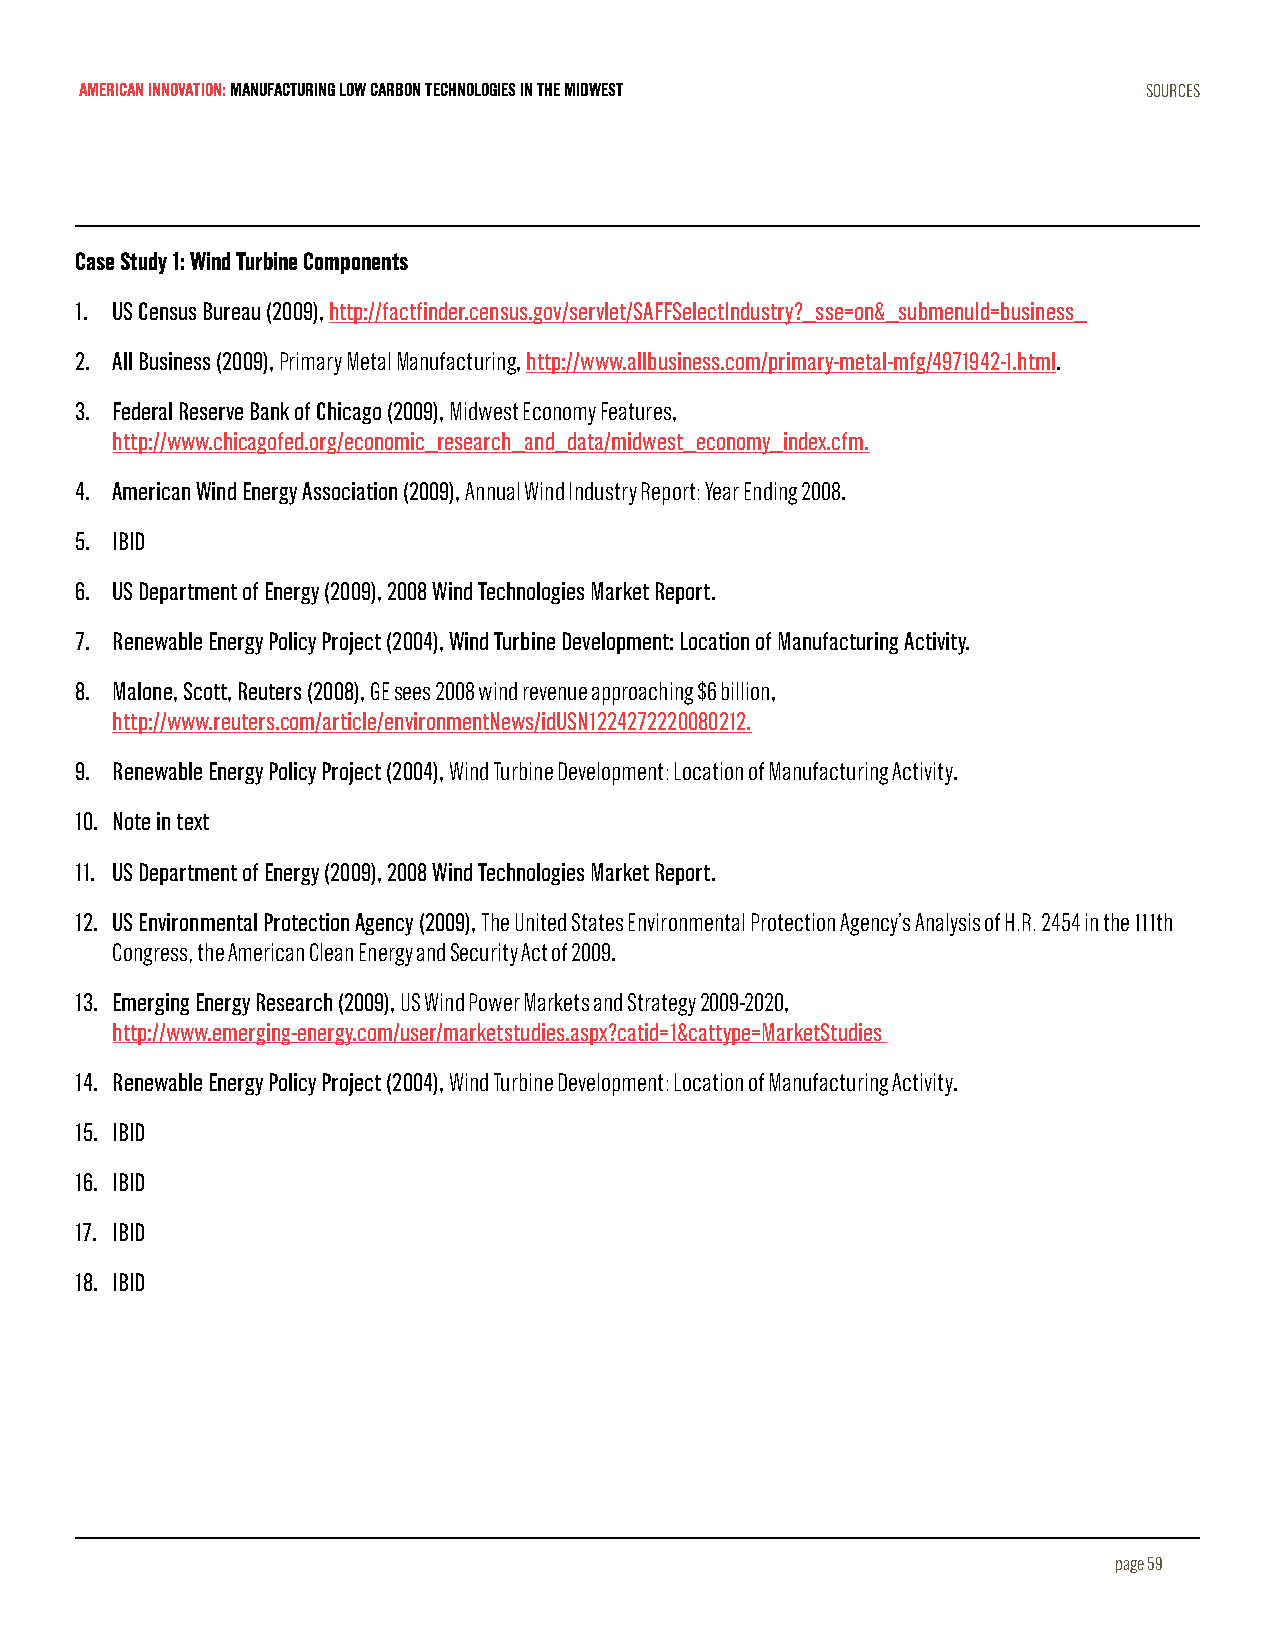
AMERICAN INNOVATION: MANUFACTURING LOW CARBON TECHNOLOGIES IN THE MIDWEST SOURCES
 Case Study 1: Wind Turbine Components
 1. US Census Bureau (2009), http://factfinder.census.gov/servlet/SAFFSelectIndustry?_sse=on&_submenuId=business_
 2. All Business (2009), Primary Metal Manufacturing, http://www.allbusiness.com/primary-metal-mfg/4971942-1.html.
 3. Federal Reserve Bank of Chicago (2009), Midwest Economy Features,
 http://www.chicagofed.org/economic_research_and_data/midwest_economy_index.cfm.
 4. American Wind Energy Association (2009), Annual Wind Industry Report: Year Ending 2008.
 5. IBID
 6. US Department of Energy (2009), 2008 Wind Technologies Market Report.
 7. Renewable Energy Policy Project (2004), Wind Turbine Development: Location of Manufacturing Activity.
 8. Malone, Scott, Reuters (2008), GE sees 2008 wind revenue approaching $6 billion,
 http://www.reuters.com/article/environmentNews/idUSN1224272220080212.
 9. Renewable Energy Policy Project (2004), Wind Turbine Development: Location of Manufacturing Activity.
 10. Note in text
 11. US Department of Energy (2009), 2008 Wind Technologies Market Report.
 12. US Environmental Protection Agency (2009), The United States Environmental Protection Agency’s Analysis of H.R. 2454 in the 111th
 Congress, the American Clean Energy and Security Act of 2009.
 13. Emerging Energy Research (2009), US Wind Power Markets and Strategy 2009-2020,
 http://www.emerging-energy.com/user/marketstudies.aspx?catid=1&cattype=MarketStudies
 14. Renewable Energy Policy Project (2004), Wind Turbine Development: Location of Manufacturing Activity.
 15. IBID
 16. IBID
 17. IBID
 18. IBID
 page 59